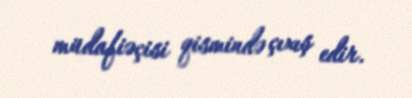
müdafiəçisi qismində çıxış edir.